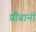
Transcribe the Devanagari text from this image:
प्रौढानी